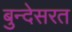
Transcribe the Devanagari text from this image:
बुन्देसरत